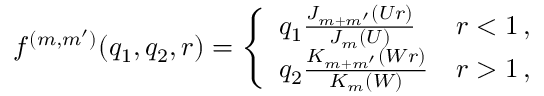
f ^ { ( m , m ^ { \prime } ) } ( q _ { 1 } , q _ { 2 } , r ) = \left\{ \begin{array} { l l } { q _ { 1 } \frac { J _ { m + m ^ { \prime } } ( U r ) } { J _ { m } ( U ) } } & { r < 1 \, , } \\ { q _ { 2 } \frac { K _ { m + m ^ { \prime } } ( W r ) } { K _ { m } ( W ) } } & { r > 1 \, , } \end{array} \right.